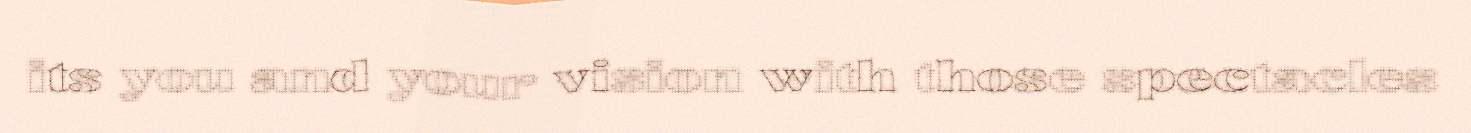
its you and your vision with those spectacles